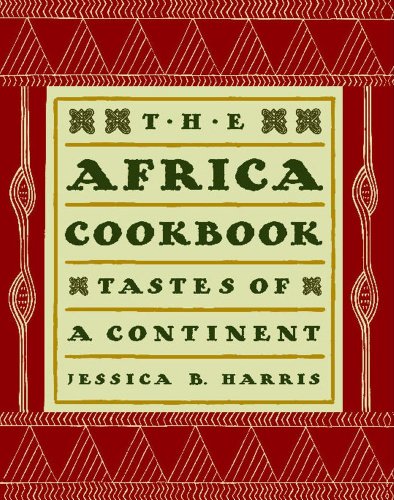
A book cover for The Africa Cookbook: Tastes of a Continent; Jessica B. Harris; Cookbooks, Food & Wine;